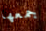
جمعها